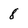
Character: 8